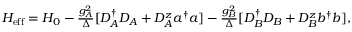
\begin{array} { r } { H _ { \mathrm { e f f } } = H _ { 0 } - \frac { g _ { A } ^ { 2 } } { \Delta } [ D _ { A } ^ { \dagger } D _ { A } + D _ { A } ^ { z } a ^ { \dagger } a ] - \frac { g _ { B } ^ { 2 } } { \Delta } [ D _ { B } ^ { \dagger } D _ { B } + D _ { B } ^ { z } b ^ { \dagger } b ] , } \end{array}